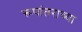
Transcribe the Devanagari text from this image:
रूपांतराच्या